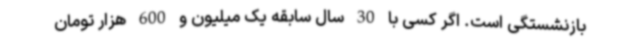
بازنشستگی است. اگر کسی با 30 سال سابقه یک میلیون و 600 هزار تومان